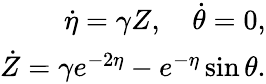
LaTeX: \begin{array}{r}{{\dot{\eta}}=\gamma Z,\quad{\dot{\theta}}=0,}\\ {{\dot{Z}}=\gamma e^{-2\eta}-e^{-\eta}\sin\theta.}\end{array}